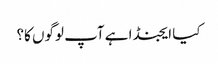
کیا ایجنڈا ہے آپ لوگوں کا؟